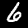
Digit: 6